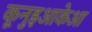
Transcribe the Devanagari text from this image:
कूनुइआकेआ